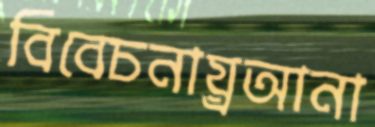
বিবেচনায়্রআনা